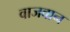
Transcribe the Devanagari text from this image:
वाजवान